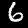
Label: 6